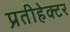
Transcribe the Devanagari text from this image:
प्रतीहेक्टर